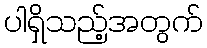
ပါရှိသည့်အတွက်